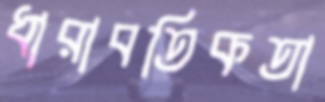
ধারাবতিকতা